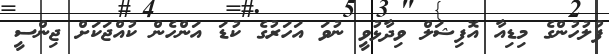
ފުލުހުންގެ މިޑިއާ އޮފިޝަލް ވިދާޅުވީ ނުވަ އަހަރުގެ ކުޑަ އަންހެން ކުއްޖަކަށް ޖިންސީ